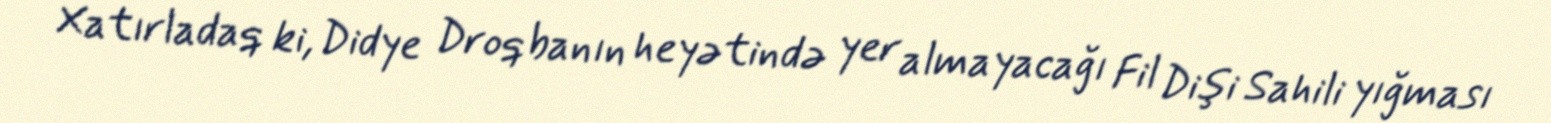
Xatırladaq ki, Didye Droqbanın heyətində yer almayacağı Fil Dişi Sahili yığması